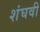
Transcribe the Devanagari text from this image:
शंघवी